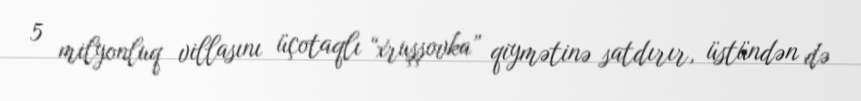
5 milyonluq villasını üçotaqlı “xruşşovka” qiymətinə satdırır, üstündən də